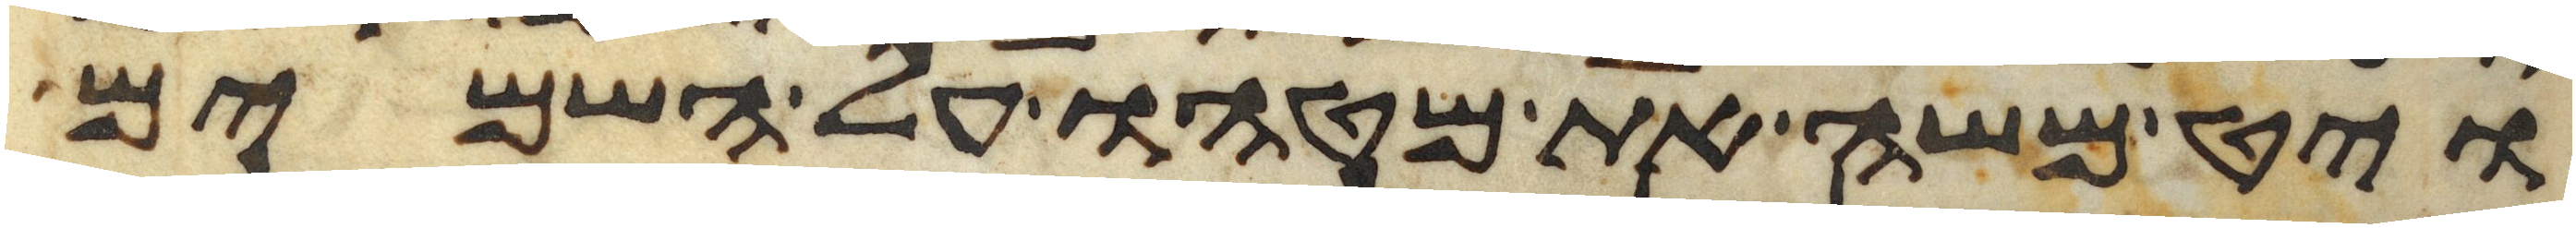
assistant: ויט משה את מטהו על השמים